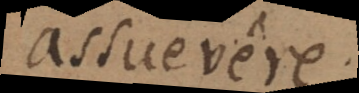
assuevere.